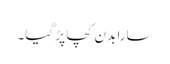
سارا بدن کچا پڑ گیا۔